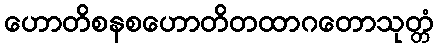
ဟောတိစနစဟောတိတထာဂတောသုတ္တံ